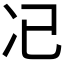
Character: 𠖰